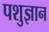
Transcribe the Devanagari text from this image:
पशुज्ञान